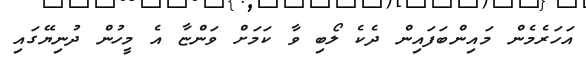
އަހަރެމެން މައިންބަފައިން ދެކެ ލޯބި ވާ ކަމަށް ވަންޏާ އެ މީހުން ދުނިޔޭގައި